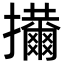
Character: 𢹜